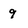
Character: 9